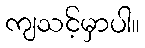
ကျသင့်မှာပါ။